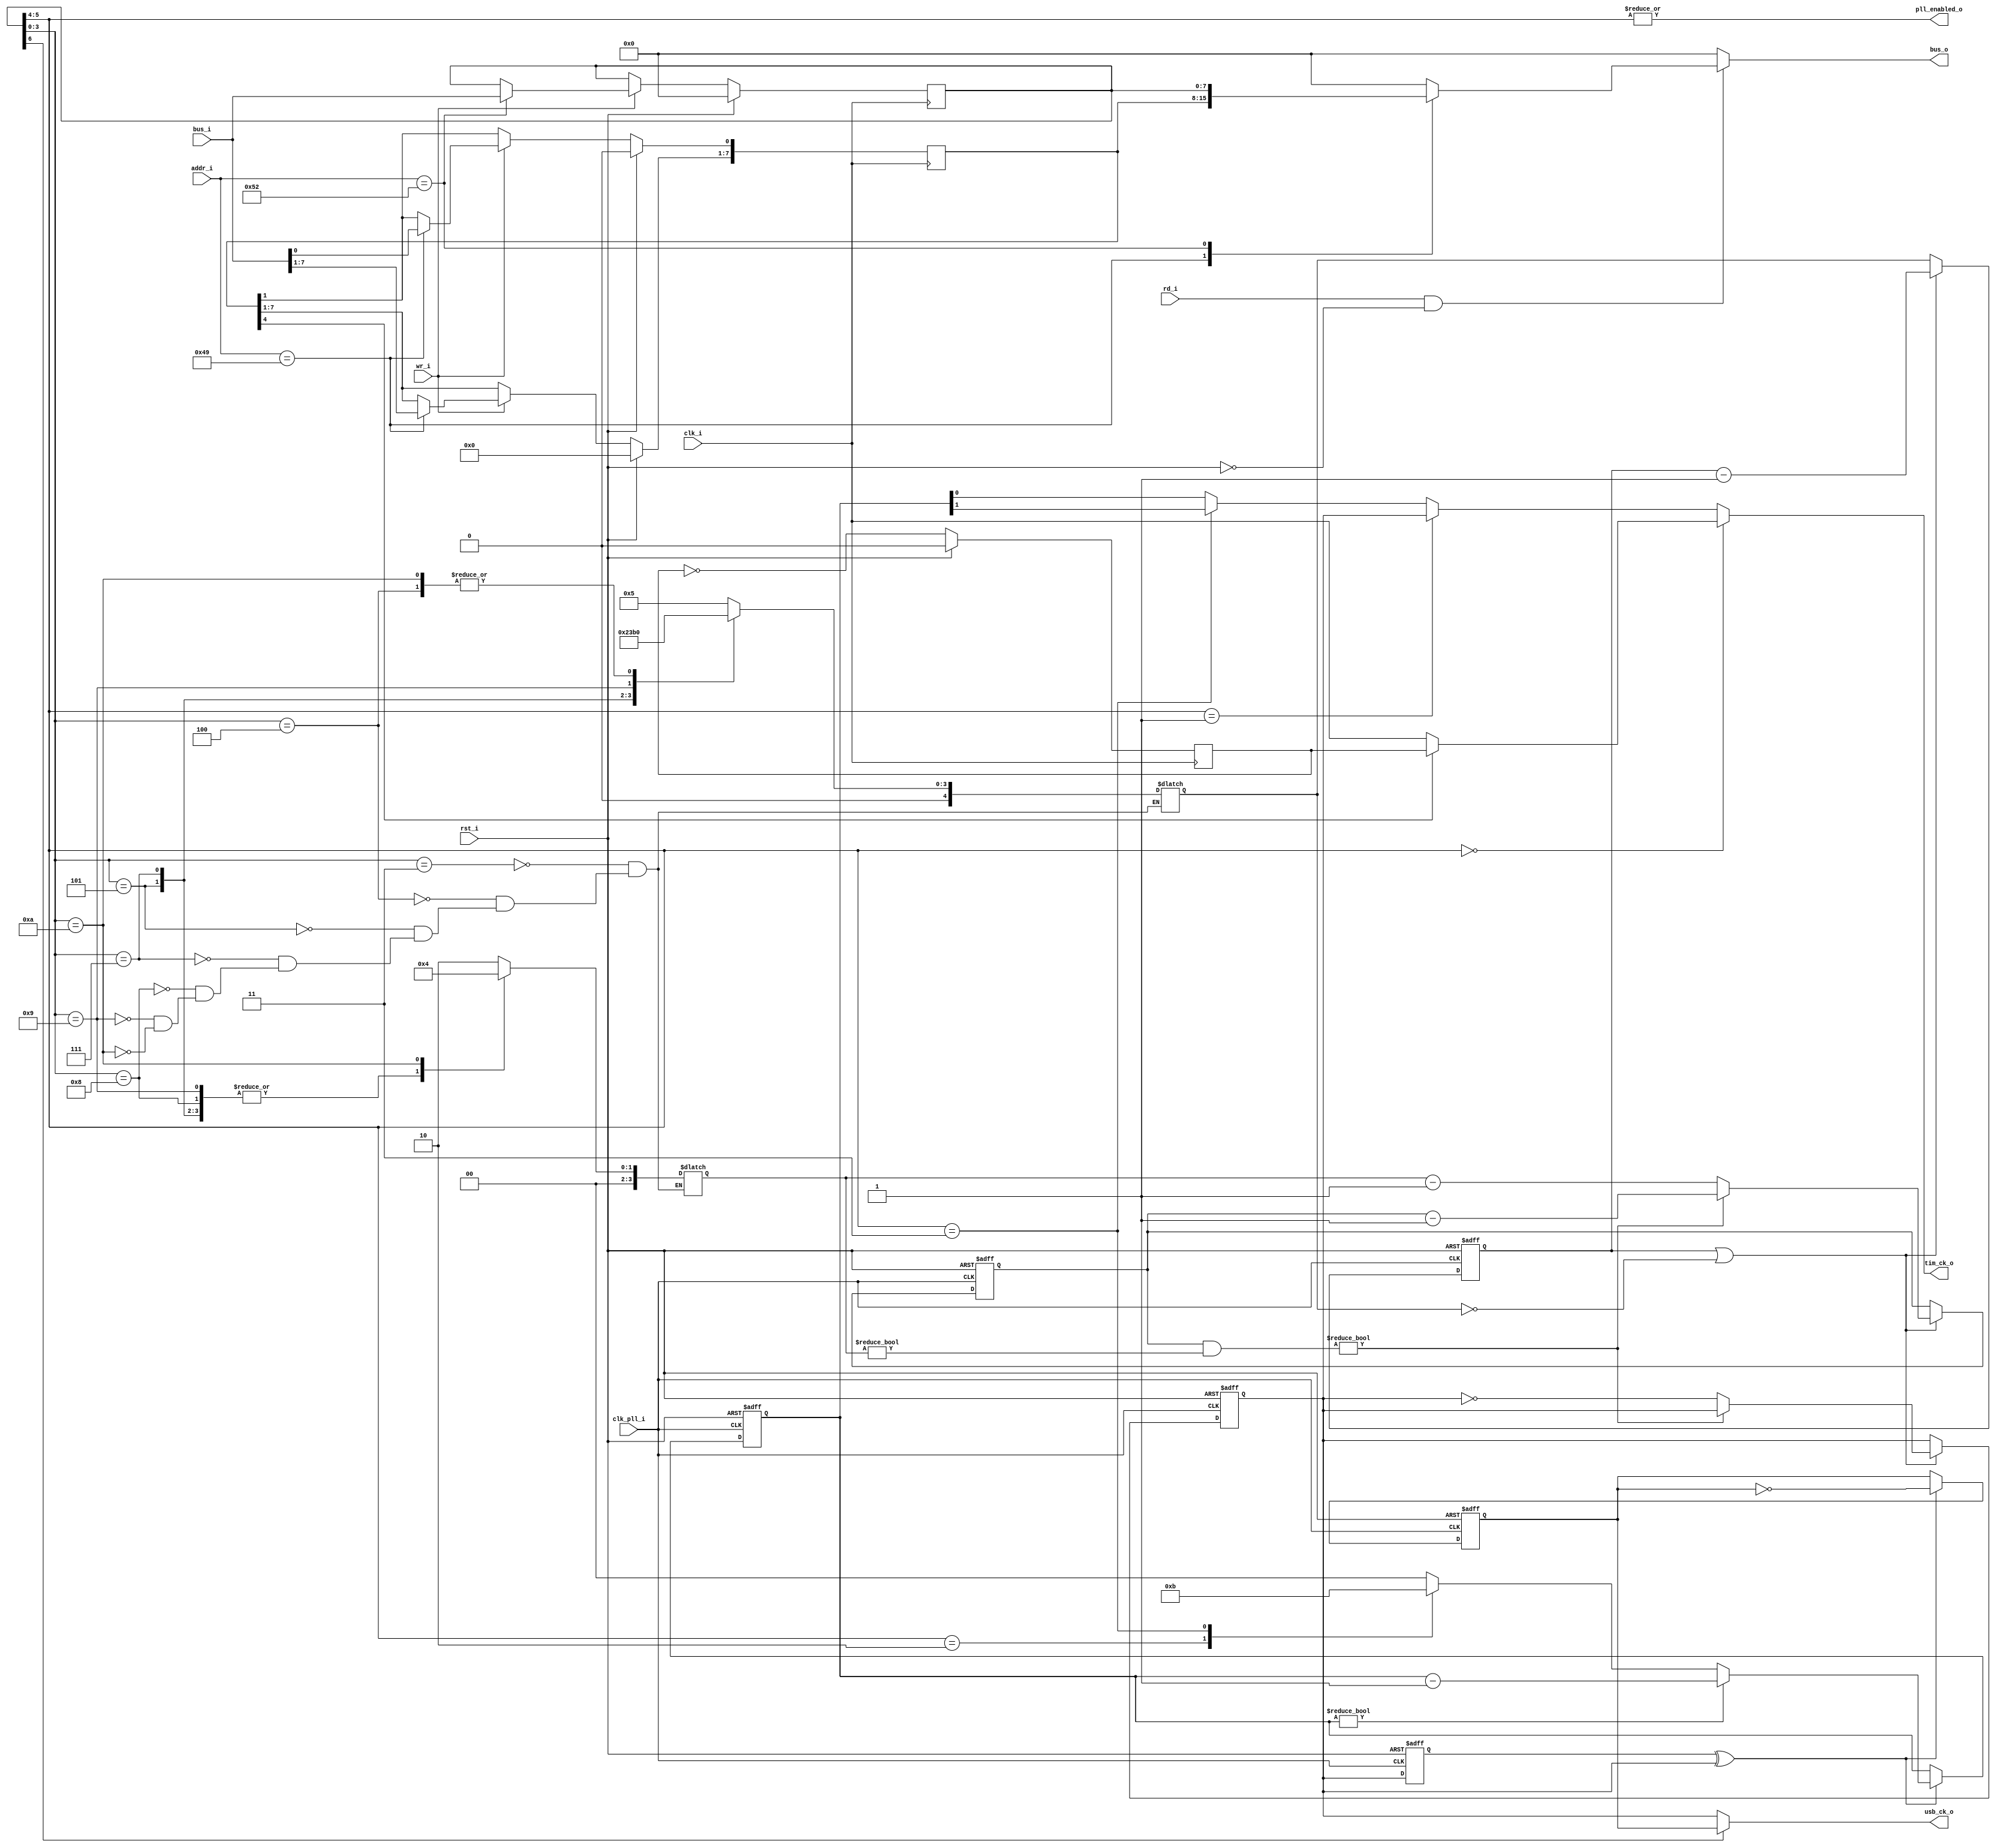
/*
 * This IP is the ATMEGA PLL implementation.
 * 
 * Copyright (C) 2020  Iulian Gheorghiu (morgoth@devboard.tech)
 * 
 * This program is free software; you can redistribute it and/or
 * modify it under the terms of the GNU General Public License
 * as published by the Free Software Foundation; either version 2
 * of the License, or (at your option) any later version.
 * 
 * This program is distributed in the hope that it will be useful,
 * but WITHOUT ANY WARRANTY; without even the implied warranty of
 * MERCHANTABILITY or FITNESS FOR A PARTICULAR PURPOSE.  See the
 * GNU General Public License for more details.
 * 
 * You should have received a copy of the GNU General Public License
 * along with this program; if not, write to the Free Software
 * Foundation, Inc., 51 Franklin Street, Fifth Floor, Boston, MA  02110-1301, USA.
 */

`timescale 1ns / 1ps


module atmega_pll # (
	parameter PLATFORM = "XILINX",
	parameter BUS_ADDR_DATA_LEN = 16,
	parameter PLLCSR_ADDR = 'h49,
	parameter PLLFRQ_ADDR = 'h52,
	parameter USE_PLL = "TRUE"// If "FALSE" tim_ck_out = clk
)(
	input rst_i,
	input clk_i,
	input clk_pll_i, // 192Mhz input.

	input [BUS_ADDR_DATA_LEN-1:0]addr_i,
	input wr_i,
	input rd_i,
	input [7:0]bus_i,
	output reg [7:0]bus_o,
	
	output pll_enabled_o,

	output usb_ck_o,
	output tim_ck_o
	);

reg [7:0]PLLCSR;
reg [7:0]PLLFRQ;
//reg []prescaller;

reg [4:0]fractional_value;
reg [4:0]fractional_cnt;
reg [3:0]prescaller_value;
reg [3:0]prescaller_cnt;
reg pll_clk_out_int;
reg pll_clk_del_int;

reg [1:0]tim_div_value;
reg [1:0]tim_div_cnt;
reg tim_clk_1_5;
reg tim_clk_2;
reg usb_clk_2_int;

always @ (posedge clk_i)
begin
	if(rst_i)
	begin
		PLLCSR <= 8'h00;
		PLLFRQ <= 8'h00;
	end
	else
	begin
		PLLCSR[0] <= PLLCSR[1]; // Make it ready
		if(wr_i)
		begin
			case(addr_i)
			PLLCSR_ADDR: PLLCSR <= bus_i;
			PLLFRQ_ADDR: PLLFRQ <= bus_i;
			endcase
		end
	end
end
// PLL Prescaller
always @ *
begin
	if(USE_PLL == "TRUE")
	begin
		case(PLLFRQ[3:0])
			4'b0011: // 40Mhz
			begin
				prescaller_value = 2;
				fractional_value = 5;
			end
			4'b0100: // 48Mhz
			begin
				prescaller_value = 2;
				fractional_value = 0;
			end
			4'b0101: // 56Mhz // Unable, output 64 Mhz instead
			begin
				prescaller_value = 1;
				fractional_value = 2;
			end
	
			4'b0111: // 72Mhz
			begin
				prescaller_value = 1;
				fractional_value = 3;
			end
			4'b1000: // 80Mhz
			begin
				prescaller_value = 1;
				fractional_value = 5;
			end
			4'b1001: // 88Mhz
			begin
				prescaller_value = 1;
				fractional_value = 11;
			end
			4'b1010: // 96Mhz
			begin
				prescaller_value = 0;
				fractional_value = 0;
			end
		endcase
	end
end

// TIM Prescaller
always @ *
begin
	if(USE_PLL == "TRUE")
	begin
		tim_div_value = 2'd0;
		case(PLLFRQ[5:4])
			2'b10: tim_div_value = 2'd2;
			2'b11: tim_div_value = 2'd3;
		endcase
	end
end

always @ (posedge rst_i or posedge clk_pll_i)
begin
	if(USE_PLL == "TRUE")
	begin
		if(rst_i)
		begin
			fractional_cnt <= 0;
			prescaller_cnt <= 0;
			pll_clk_out_int <= 0;
			pll_clk_del_int <= 0;
			tim_div_cnt <= 0;
			usb_clk_2_int <= 0;
		end
		else
		begin
			if(fractional_cnt || fractional_value == 0)
			begin
				fractional_cnt <= fractional_cnt -1;
				if(prescaller_cnt & prescaller_value != 0)
				begin
					prescaller_cnt <= prescaller_cnt - 1;
				end
				else
				begin
					prescaller_cnt <= prescaller_value - 1;
					pll_clk_out_int <= ~pll_clk_out_int;
				end
			end
			else
			begin
				fractional_cnt <= fractional_value;
			end
			//PLLTIM & PLLUSB
			pll_clk_del_int <= pll_clk_out_int;
			if(pll_clk_del_int ^ pll_clk_out_int)
			begin
				usb_clk_2_int <= ~usb_clk_2_int;
				if(tim_div_cnt)
					tim_div_cnt <= tim_div_cnt - 1;
				else
					tim_div_cnt <= tim_div_value;
			end
		end
	end
end

always @ (posedge clk_i)
begin
	if(rst_i)
		tim_clk_2 <= 1'b0;
	else
		tim_clk_2 <= ~tim_clk_2;
end

always @ *
begin
	bus_o = 8'h00;
	if(rd_i & ~rst_i)
	begin
		case(addr_i)
		PLLCSR_ADDR: bus_o = PLLCSR;
		PLLFRQ_ADDR: bus_o = PLLFRQ;
		endcase
	end
end

assign usb_ck_o = USE_PLL != "TRUE" ? 1'b0 : (PLLFRQ[6] ? usb_clk_2_int : pll_clk_out_int);
assign tim_ck_o = USE_PLL != "TRUE" ? (PLLCSR[4] ? tim_clk_2 : clk_i) : (PLLFRQ[5:4] == 2'b00 ? (PLLCSR[4] ? tim_clk_2 : clk_i) : (PLLFRQ[5:4] == 2'b01 ? pll_clk_out_int : (PLLFRQ[5:4] == 2'b11 ? tim_div_cnt[1] : tim_div_cnt[0])));
assign pll_enabled_o = USE_PLL != "TRUE" ? 1'b0 : (|PLLFRQ[5:4]);
endmodule